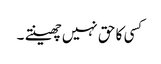
کسی کا حق نہیں چھینتے ۔